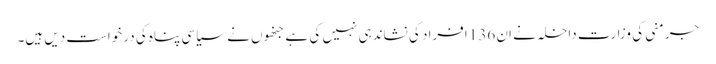
جرمنی کی وزارتِ داخلہ نے ان 136 افراد کی نشاندہی نہیں کی ہے جنھوں نے سیاسی پناہ کی درخواست دیں ہیں۔